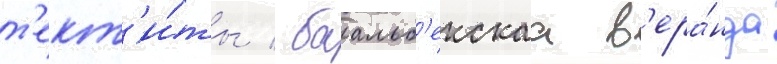
т'ект'и́ты / баальб'екскаа в'ера́нда